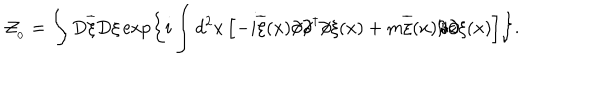
{ \cal Z } _ { _ 0 } = \int D \overline { { { \xi } } } D \xi \exp \left\{ i \int d ^ { 2 } x \left[ - i \overline { { { \xi } } } ( x ) \partial \! \! \! / \partial \! \! \! / ^ { \dagger } \partial \! \! \! / \xi ( x ) + m \overline { { { \xi } } } ( x ) \partial \! \! \! / \partial \! \! \! / \xi ( x ) \right] \right\} .